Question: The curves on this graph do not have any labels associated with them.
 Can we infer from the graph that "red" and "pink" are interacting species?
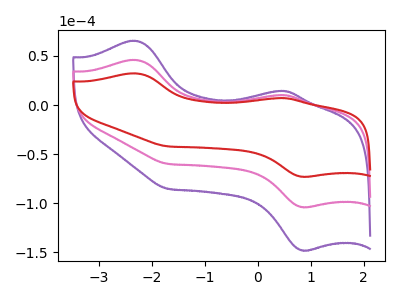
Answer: <think>The purple curve "purple" has anodic peaks at (-2.30V, 92.00uA) (0.50V, 20.30uA) and cathodic peaks at (0.85V, -208.00uA) (-1.70V, -119.85uA). The pink curve "pink" has anodic peaks at (-2.30V, 46.00uA) (0.50V, 10.15uA) and cathodic peaks at (0.85V, -104.00uA) (-1.70V, -59.90uA). The red curve "red" has anodic peaks at (-2.30V, 32.30uA) (0.50V, 7.15uA) and cathodic peaks at (0.85V, -73.00uA) (-1.70V, -42.10uA).
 All the peaks in "red" have a peak in "pink" at the same potential. Every peak in "red" is lower than every peak in "pink".</think>
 <answer>No, "red" and "pink" don't appear to be significantly different in shape</answer>
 <eval>no_change</eval>